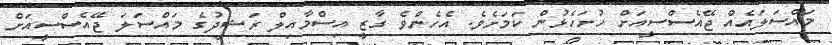
މައްސަލައެއް ޖޭއެސްސީއަށް ހުށަހެޅުން ކަމަށެވެ. އެހެންވެ ގާޒީ އިސްމާއިލް ރަޝީދުގެ މައްސަލަ ޖޭއެސްސީއަށް